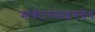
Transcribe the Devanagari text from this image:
मार्कटगेमाइनडेन